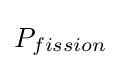
P_{fission}